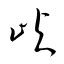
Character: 嶼